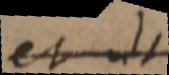
est ut